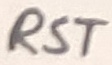
Text: RST